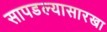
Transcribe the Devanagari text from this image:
सापडल्यासारखा